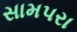
સામપરા